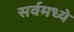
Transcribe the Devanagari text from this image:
सर्वमध्ये